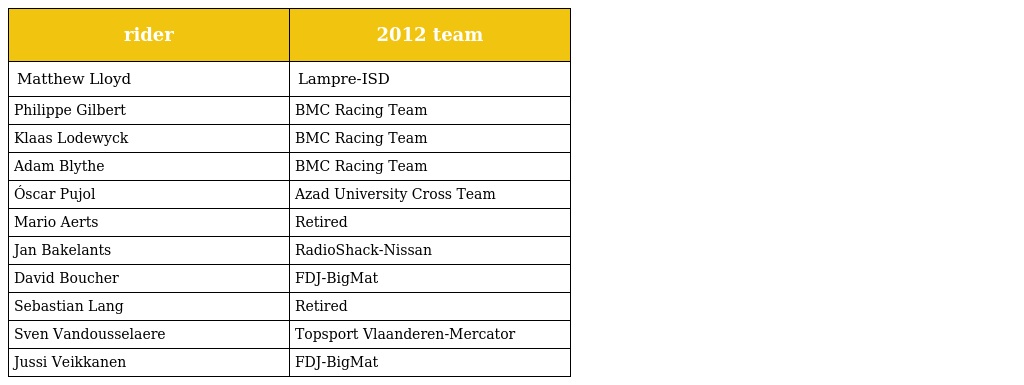
| rider | 2012 team |
 | --- | --- |
 | Matthew Lloyd | Lampre-ISD |
 | Philippe Gilbert | BMC Racing Team |
 | Klaas Lodewyck | BMC Racing Team |
 | Adam Blythe | BMC Racing Team |
 | Óscar Pujol | Azad University Cross Team |
 | Mario Aerts | Retired |
 | Jan Bakelants | RadioShack-Nissan |
 | David Boucher | FDJ-BigMat |
 | Sebastian Lang | Retired |
 | Sven Vandousselaere | Topsport Vlaanderen-Mercator |
 | Jussi Veikkanen | FDJ-BigMat |